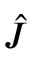
\hat { J }